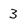
Character: 3